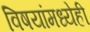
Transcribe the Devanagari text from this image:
विषयांमध्येही